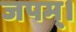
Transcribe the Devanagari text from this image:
जपम्‌।